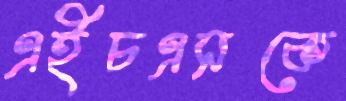
এইচএসকে